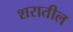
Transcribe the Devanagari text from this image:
शरातील